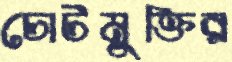
চোটমুক্তির